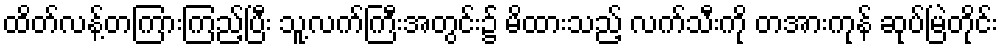
ထိတ်လန့်တကြားကြည့်ပြီး သူ့လက်ကြီးအတွင်း၌ မိထားသည့် လက်သီးကို တအားကုန် ဆုပ်မြဲတိုင်း